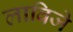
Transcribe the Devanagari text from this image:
लाविजे